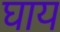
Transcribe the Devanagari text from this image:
घाय